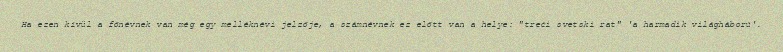
Ha ezen kívül a főnévnek van még egy melléknévi jelzője, a számnévnek ez előtt van a helye: "treći svetski rat" 'a harmadik világháború'.